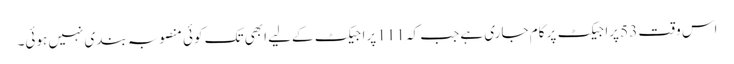
اس وقت 53 پراجیکٹ پر کام جاری ہے جب کہ 111 پراجیکٹ کےلیے ابھی تک کوئی منصوبہ بندی نہیں ہوئی۔